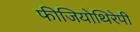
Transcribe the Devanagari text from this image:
फीजियोथिरेपी